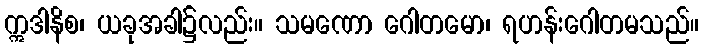
ဣဒါနိစ၊ ယခုအခါ၌လည်း။ သမဏော ဂေါတမော၊ ရဟန်းဂေါတမသည်။